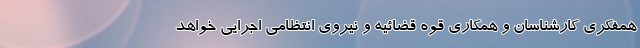
همفکری کارشناسان و همکاری قوه قضائیه و نیروی انتظامی اجرایی خواهد